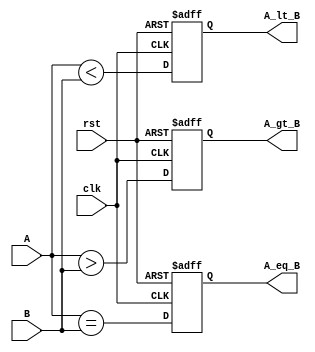
module parameterized_comparator #(
    parameter WIDTH = 8 // Default width is 8 bits
)(
    input  wire [WIDTH-1:0] A, // Input A
    input  wire [WIDTH-1:0] B, // Input B
    output reg  A_gt_B,        // A greater than B
    output reg  A_lt_B,        // A less than B
    output reg  A_eq_B,        // A equal to B
    input  wire clk,           // Clock signal (optional)
    input  wire rst            // Reset signal (optional)
);

    // Always block for comparison logic
    always @(posedge clk or posedge rst) begin
        if (rst) begin
            // Reset outputs
            A_gt_B <= 1'b0;
            A_lt_B <= 1'b0;
            A_eq_B <= 1'b0;
        end else begin
            // Comparison logic
            A_gt_B <= (A > B);
            A_lt_B <= (A < B);
            A_eq_B <= (A == B);
        end
    end

endmodule